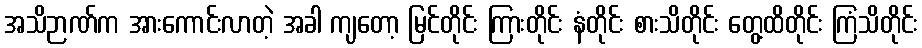
အသိဉာဏ်က အားကောင်းလာတဲ့ အခါ ကျတော့ မြင်တိုင်း ကြားတိုင်း နံတိုင်း စားသိတိုင်း တွေ့ထိတိုင်း ကြံသိတိုင်း